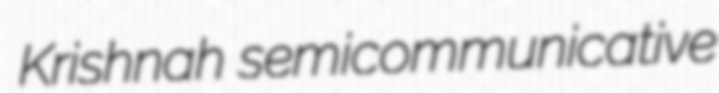
Krishnah semicommunicative